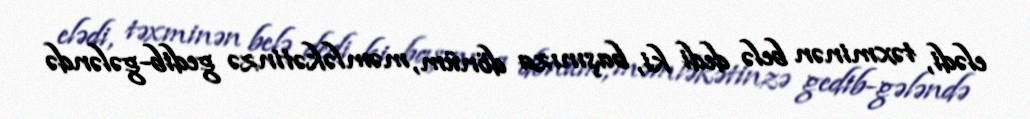
elədi, təxminən belə dedi ki, başınıza dönüm, məmləkətinzə gedib-gələndə